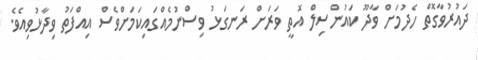
ދައުރުވާގޮތް ހެދުމަށް ވާދޫ ކައުންސިލް އޮތީ ވަރަށް ރަނގަޅު ވިސްނުމެއްގައިކަމަށްވެސް އިއްފަތު ވިދާޅުވިއެވެ.